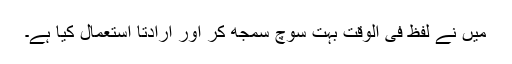
میں نے لفظ فی الوقت بہت سوچ سمجھ کر اور ارادتاً استعمال کیا ہے۔